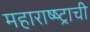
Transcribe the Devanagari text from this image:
महाराष्ष्ट्राची